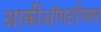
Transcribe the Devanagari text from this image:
आर्कीऑपटरिक्स